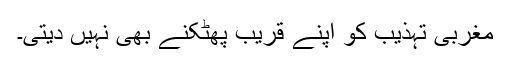
مغربی تہذیب کو اپنے قریب پھٹکنے بھی نہیں دیتی۔